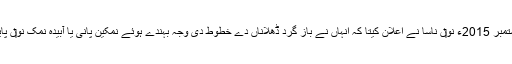
28 ستمبر 2015ء نو‏‏ں ناسا نے اعلان کیتا کہ انہاں نے باز گرد ڈھلاناں دے خطوط دی وجہ بہندے ہوئے نمکین پانی یا آبیدہ نمک نو‏‏ں پایا ا‏‏ے۔